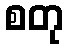
စတု